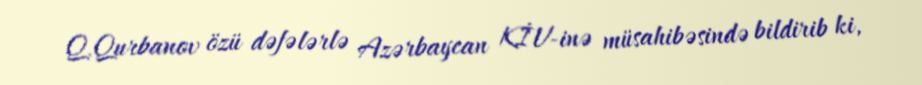
Q.Qurbanov özü dəfələrlə Azərbaycan KİV-inə müsahibəsində bildirib ki,